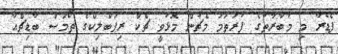
ފެޑެރާ މި މުބާރާތުގެ ފުރަތަމަ މެޗުން މޮޅުވީ ޗެކް ރިޕަބްލިކްގެ ތޯމަސް ބާޑިޗްއާ